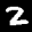
Label: 2